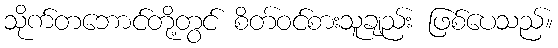
သိုက်တဘောင်တို့တွင် စိတ်ဝင်စားသူချည်း ဖြစ်ပေသည်။